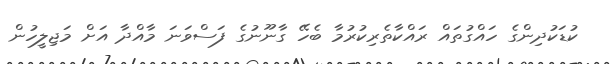
ކުޑަކުދިންގެ ހައްގުތައް ރައްކާތެރިކުރުމާ ބެހޭ ގާނޫނުގެ ފަސްވަނަ މާއްދާ އަށް މަޖިލީހުން